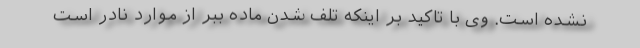
نشده است. وی با تاکید بر اینکه تلف شدن ماده ببر از موارد نادر است